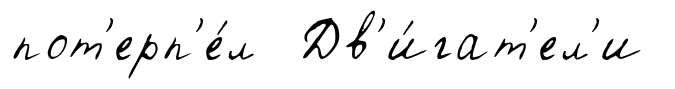
пот'ерп'е́л Дв'и́гат'ел'и